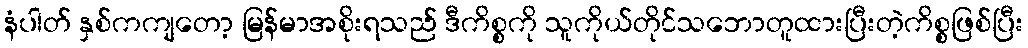
နံပါတ် နှစ်ကကျတော့ မြန်မာအစိုးရသည် ဒီကိစ္စကို သူကိုယ်တိုင်သဘောတူထားပြီးတဲ့ကိစ္စဖြစ်ပြီး